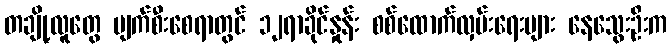
တချို့လူတွေ ပျက်စီးစေရာတွင် ၁၂ရာခိုင်နှုန်း စစ်ထောက်လှမ်းရေးများ နေသွေးဦးက